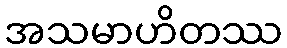
အသမာဟိတဿ